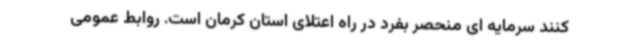
کنند سرمایه ای منحصر بفرد در راه اعتلای استان کرمان است. روابط عمومی